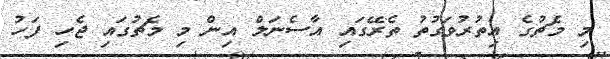
މި މެޗުގެ އިތުރުވަގުތު ތެރޭގައި އާސެނަލް އިން މި މެޗުގައި ޖެހި ފަހު